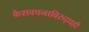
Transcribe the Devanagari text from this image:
केशवपनाविरुद्धही